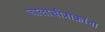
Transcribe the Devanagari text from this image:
चालाचीत्राक्रांना